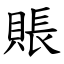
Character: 賬